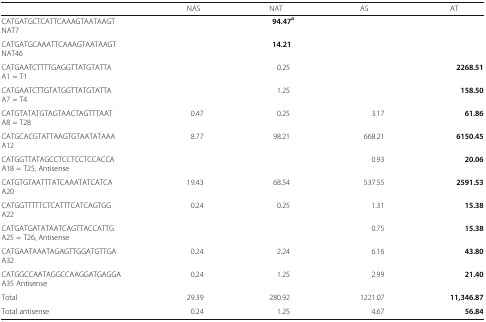
|  | NAS | NAT | AS | AT |
 | --- | --- | --- | --- | --- |
 | CATGATGCTCATTCAAAGTAATAAGTNAT7 |  | 94.47a |  |  |
 | CATGATGCAAATTCAAAGTAATAAGTNAT46 |  | 14.21 |  |  |
 | CATGAATCTTTTGAGGTTATGTATTAA1 = T1 |  | 0.25 |  | 2268.51 |
 | CATGAATCTTGTATGGTTATGTATTAA7 = T4 |  | 1.25 |  | 158.50 |
 | CATGTATATGTAGTAACTAGTTTAATA8 = T28 | 0.47 | 0.25 | 3.17 | 61.86 |
 | CATGCACGTATTAAGTGTAATATAAAA12 | 8.77 | 98.21 | 668.21 | 6150.45 |
 | CATGGTTATAGCCTCCTCCTCCACCAA18 = T25, Antisense |  |  | 0.93 | 20.06 |
 | CATGTGTAATTTATCAAATATCATCAA20 | 19.43 | 68.54 | 537.55 | 2591.53 |
 | CATGGTTTTTCTCATTTCATCAGTGGA22 | 0.24 | 0.25 | 1.31 | 15.38 |
 | CATGATGATATAATCAGTTACCATTGA25 = T26, Antisense |  |  | 0.75 | 15.38 |
 | CATGAATAAATAGAGTTGGATGTTGAA32 | 0.24 | 2.24 | 6.16 | 43.80 |
 | CATGGCCAATAGGCCAAGGATGAGGAA35 Antisense | 0.24 | 1.25 | 2.99 | 21.40 |
 | Total | 29.39 | 280.92 | 1221.07 | 11,346.87 |
 | Total antisense | 0.24 | 1.25 | 4.67 | 56.84 |